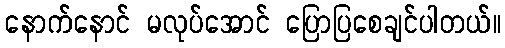
နောက်နောင် မလုပ်အောင် ပြောပြစေချင်ပါတယ်။